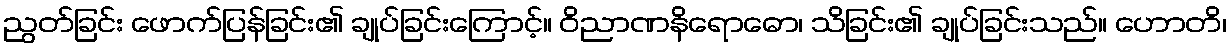
ညွတ်ခြင်း ဖောက်ပြန်ခြင်း၏ ချုပ်ခြင်းကြောင့်။ ဝိညာဏနိရောဓော၊ သိခြင်း၏ ချုပ်ခြင်းသည်။ ဟောတိ၊